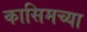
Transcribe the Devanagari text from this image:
कासिमच्या